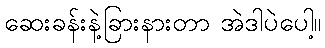
ဆေးခန်းနဲ့ခြားနားတာ အဲဒါပဲပေါ့။